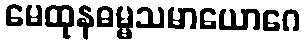
မေထုနဓမ္မသမာယောဂေ